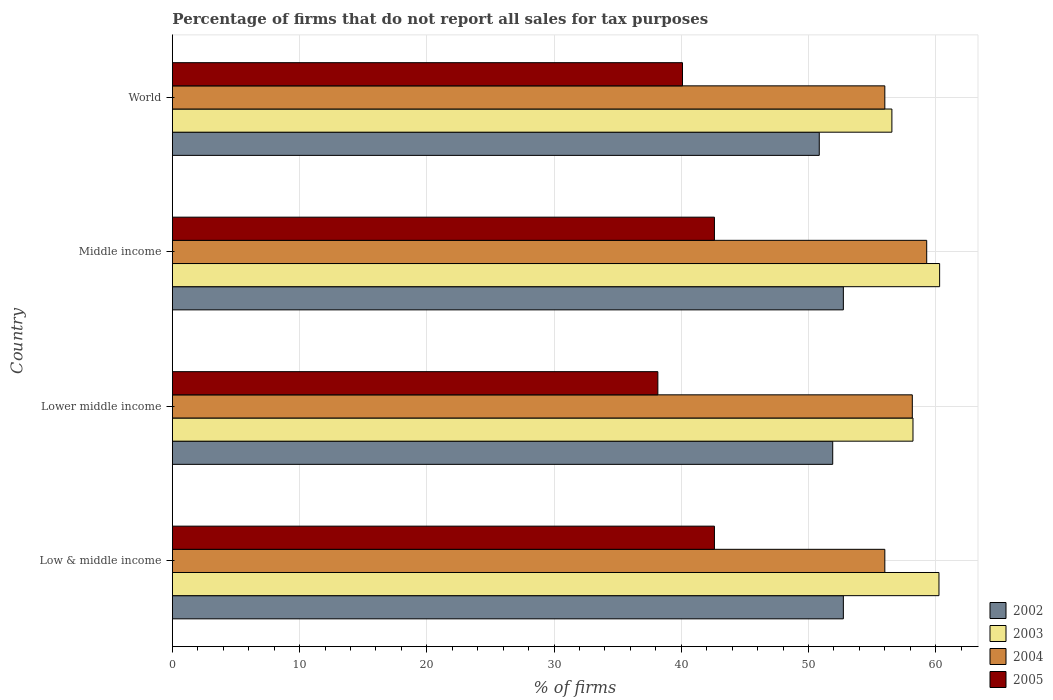
| Country | 2002 | 2003 | 2004 | 2005 |
 | --- | --- | --- | --- | --- |
 | Low & middle income | 52.7 | 60.3 | 56 | 42.6 |
 | Lower middle income | 51.9 | 58.2 | 58.2 | 38.2 |
 | Middle income | 52.7 | 60.3 | 59.3 | 42.6 |
 | World | 50.9 | 56.6 | 56 | 40.1 |